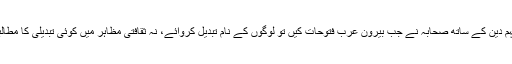
اسی فہم دین کے ساتھ صحابہؓ نے جب بیرون عرب فتوحات کیں تو لوگوں کے نام تبدیل کروائے، نہ ثقافتی مظاہر میں کوئی تبدیلی کا مطالبہ کیا۔